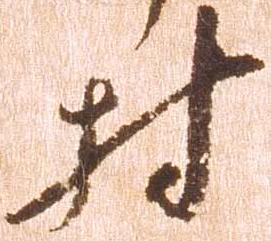
村